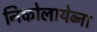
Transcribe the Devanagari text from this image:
निकोलायेव्ना